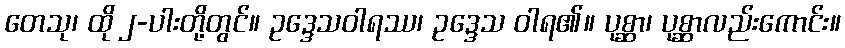
တေသု၊ ထို ၂-ပါးတို့တွင်။ ဥဒ္ဒေသဝါရဿ၊ ဥဒ္ဒေသ ဝါရ၏။ ပုစ္ဆာ၊ ပုစ္ဆာလည်းကောင်း။